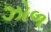
ઝોળ